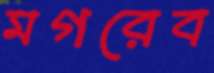
মগরেব